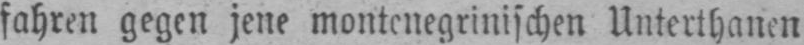
fahren gegen jene montenegrinischen Unterthanen